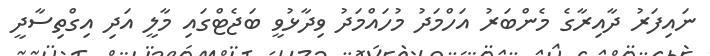
ނައިފަރު ދާއިރާގެ މެންބަރު އަހްމަދު މުހައްމަދު ވިދާޅުވީ ބަޖެޓްގައި މާލީ އަދި އިގްތިސާދީ